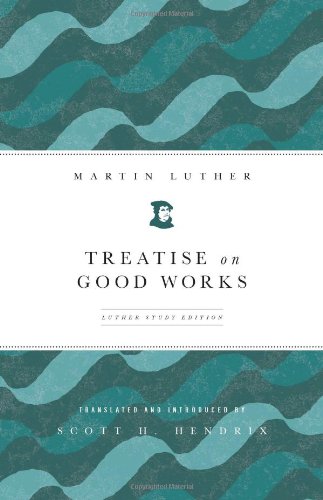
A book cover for Treatise on Good Works: Luther Study Edition; Martin Luther; Christian Books & Bibles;